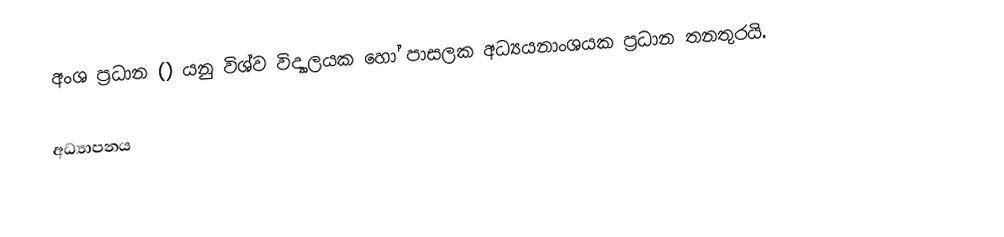
අංශ ප්‍රධාන () යනු  විශ්ව විද්‍යාලයක හෝ පාසලක අධ්‍යයනාංශයක ප්‍රධාන තනතුරයි.

අධ්‍යාපනය